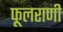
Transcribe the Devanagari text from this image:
फूलराणी